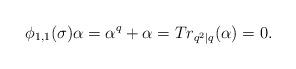
LaTeX: \begin{align*}\phi_{1,{1}}(\sigma)\alpha={\alpha^{q}}+\alpha=Tr_{q^2|{q}}(\alpha)=0.\end{align*}